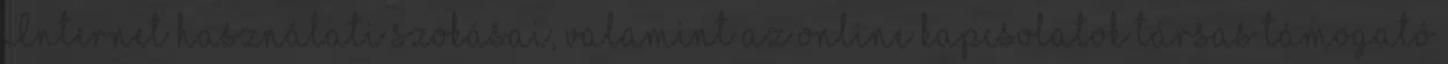
Internet használati szokásai, valamint az online kapcsolatok társas támogató